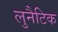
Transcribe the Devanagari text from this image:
लुनैटिक